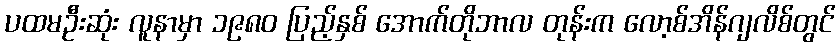
ပထမဦးဆုံး လူနာမှာ ၁၉၈၀ ပြည့်နှစ် အောက်တိုဘာလ တုန်းက လော့စ်အိန်ဂျလိစ်တွင်